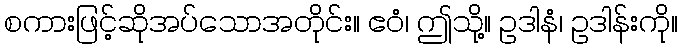
စကားဖြင့်ဆိုအပ်သောအတိုင်း။ ဧဝံ၊ ဤသို့။ ဥဒါနံ၊ ဥဒါန်းကို။